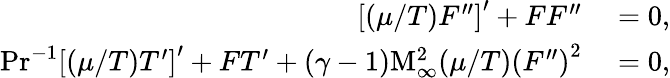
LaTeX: \begin{array}{rl}{\left[\left(\mu/T\right)F^{\prime\prime}\right]^{\prime}+FF^{\prime\prime}}&{{}=0,}\\ {\mathrm{Pr}^{-1}\left[(\mu/T)T^{\prime}\right]^{\prime}+FT^{\prime}+(\gamma-1)\mathrm{M}_{\infty}^{2}(\mu/T)\left(F^{\prime\prime}\right)^{2}}&{{}=0,}\end{array}